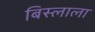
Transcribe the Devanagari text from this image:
बिस्लाला